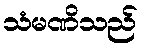
သံမဏိသည်